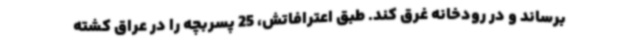
برساند و در رودخانه غرق کند. طبق اعترافاتش، 25 پسربچه را در عراق کشته‌